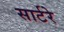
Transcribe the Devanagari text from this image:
सार्टरे